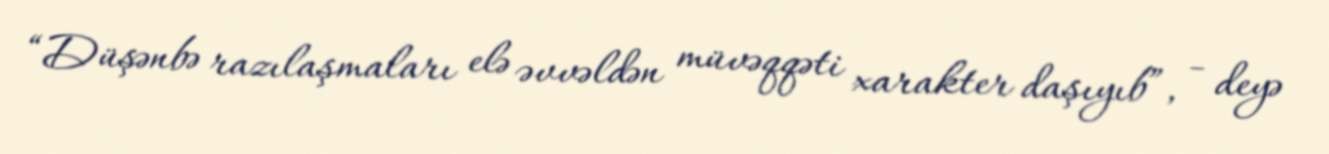
“Düşənbə razılaşmaları elə əvvəldən müvəqqəti xarakter daşıyıb”, - deyə